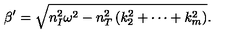
\beta ^ { \prime } = \sqrt { n _ { I } ^ { 2 } \omega ^ { 2 } - n _ { T } ^ { 2 } \left( k _ { 2 } ^ { 2 } + \cdots + k _ { m } ^ { 2 } \right) } .